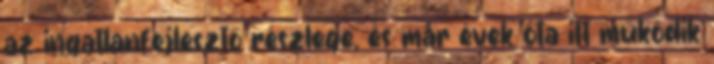
az ingatlanfejlesztő részlege, és már évek óta itt működik